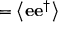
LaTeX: \begin{array} { r l } { \mathbf { \Psi } } & { { } = \left\langle \mathbf { e } \mathbf { e } ^ { \dagger } \right\rangle } \end{array}